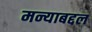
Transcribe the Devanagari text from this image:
मन्याबद्दल